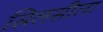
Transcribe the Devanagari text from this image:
सिलसीला